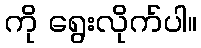
ကို ရွေးလိုက်ပါ။